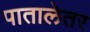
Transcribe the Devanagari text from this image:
पातालेतर